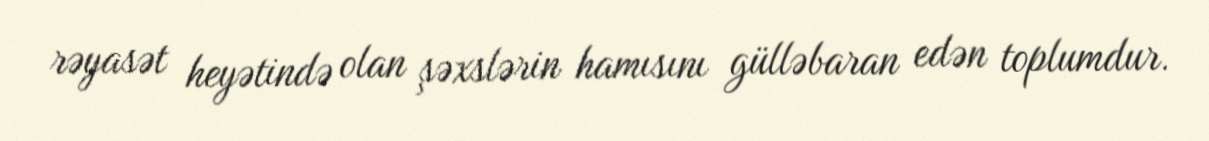
rəyasət heyətində olan şəxslərin hamısını gülləbaran edən toplumdur.